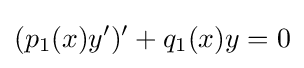
(p_{1}(x)y^{\prime })^{\prime }+q_{1}(x)y=0